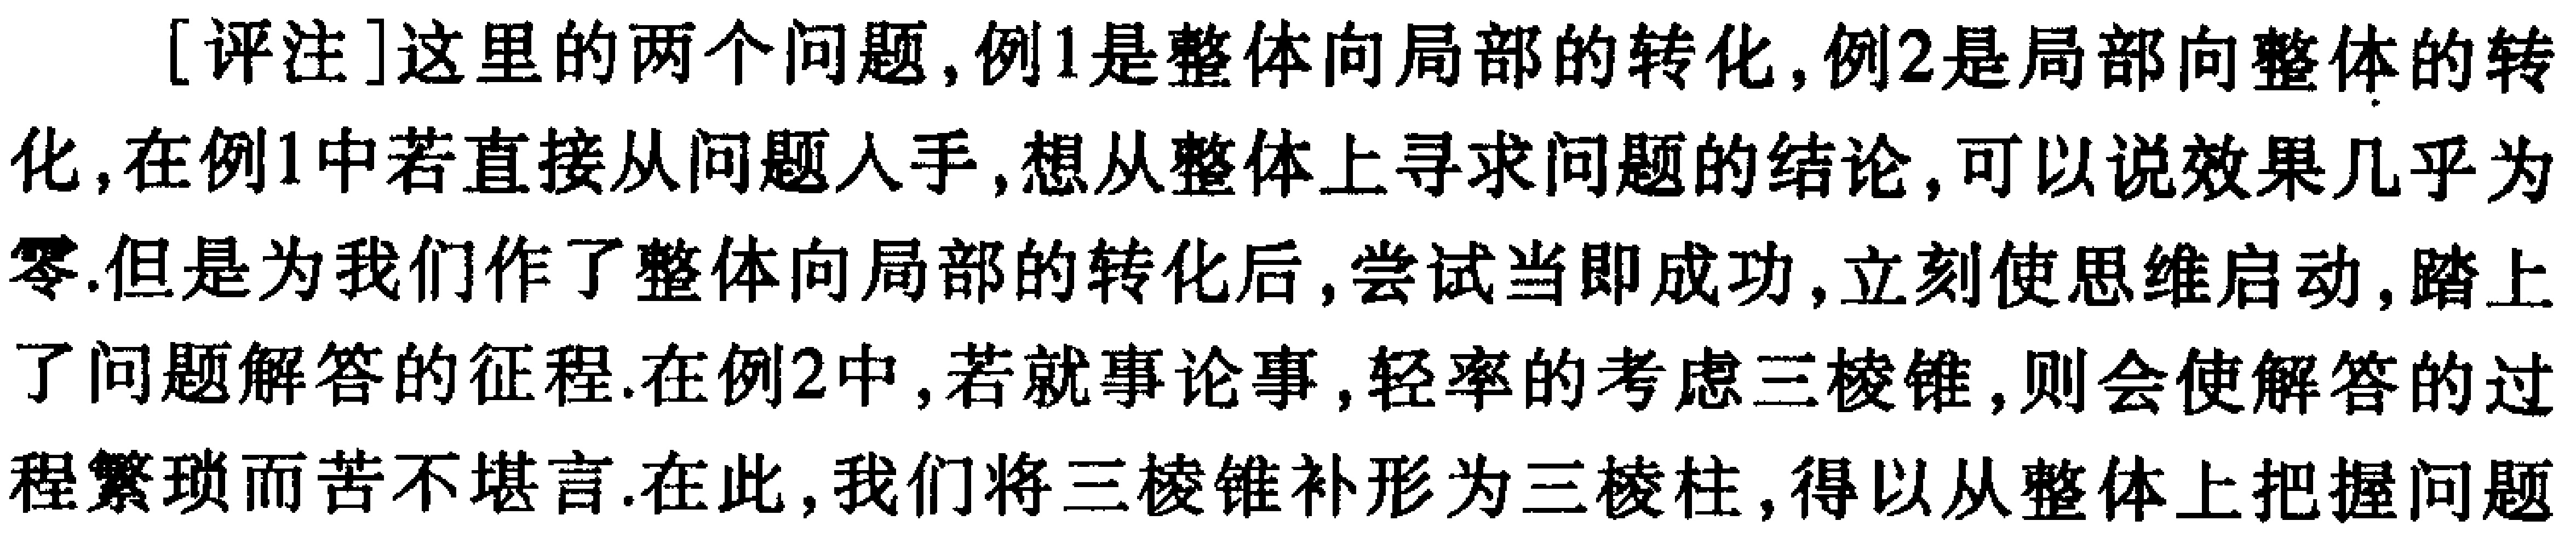
[评注]这里的两个问题,例1是整体向局部的转化,例2是局部向整体的转化,在例1中若直接从问题入手,想从整体上寻求问题的结论,可以说效果几乎为零.但是为我们作了整体向局部的转化后,尝试当即成功,立刻使思维启动,踏上了问题解答的征程.在例2中,若就事论事,轻率的考虑三棱锥,则会使解答的过程繁琐而苦不堪言.在此,我们将三棱锥补形为三棱柱,得以从整体上把握问题